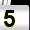
Digit: 5